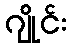
ဂျိုင်း